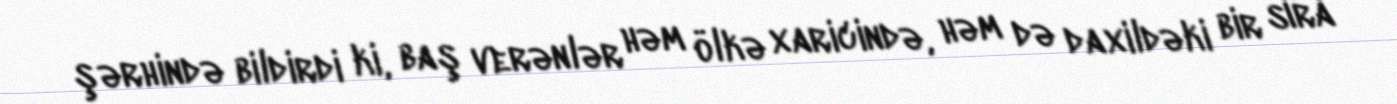
şərhində bildirdi ki, baş verənlər həm ölkə xaricində, həm də daxildəki bir sıra